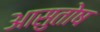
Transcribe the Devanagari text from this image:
आसुतोष